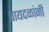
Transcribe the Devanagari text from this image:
पायदळांनी